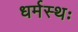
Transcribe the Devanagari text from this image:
धर्मस्थः